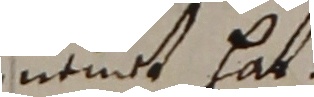
nmt hat.